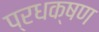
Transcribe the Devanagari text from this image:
प्रधक्षण